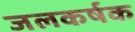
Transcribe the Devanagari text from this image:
जलकर्षक